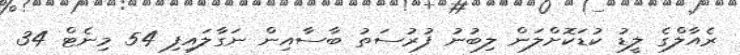
ރެއާލްގެ ލީޑު ކުޑަކޮށްލަން ލިބުނު ފުރުސަތު ބާސާއިން ނަގާލައިފި 54 މިނެޓް 34